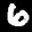
Label: 6